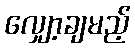
လျှော့ချမည့်